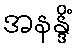
အနန္ဒိံ